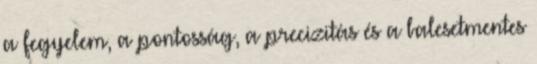
a fegyelem, a pontosság, a precizitás és a balesetmentes